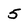
Character: 5